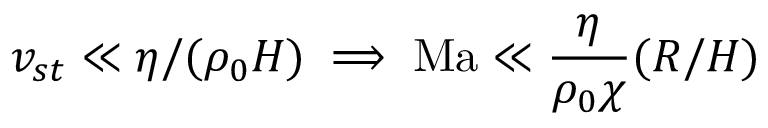
v _ { s t } \ll \eta / ( \rho _ { 0 } H ) \implies { \mathrm { M a } \ll \frac { \eta } { \rho _ { 0 } \chi } ( R / H ) }